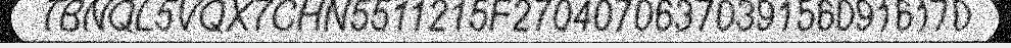
TBNQL5VQX7CHN5511215F27040706370391560916170